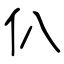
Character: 仈